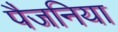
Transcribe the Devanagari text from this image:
पैजनिया